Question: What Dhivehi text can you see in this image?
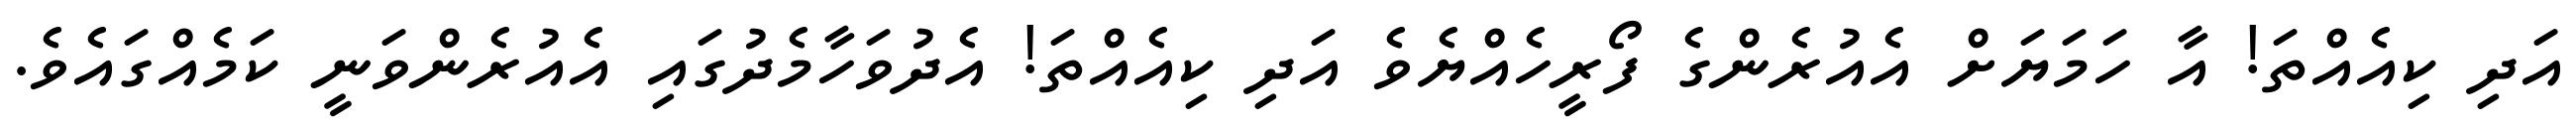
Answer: އަދި ކިއެއްތަ! އާ ހަމަޔަށް އެއުރެންގެ ފޯރީހެއްޔެވެ އަދި ކިއެއްތަ! އެދުވަހާމެދުގައި އެއުރެންވަނީ ކަމެއްގައެވެ.